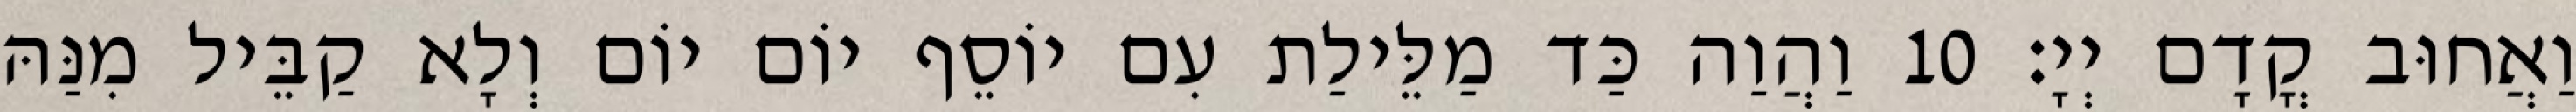
וַאֲחוּב קֳדָם יְיָ׃ 10 וַהֲוַה כַּד מַלֵּילַת עִם יוֹסֵף יוֹם יוֹם וְלָא קַבֵּיל מִנַּהּ